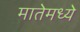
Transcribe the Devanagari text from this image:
मातेमध्ये